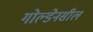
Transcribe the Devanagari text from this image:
गोल्डेनसील